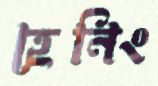
হেনিং